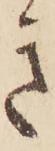
き